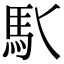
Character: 𩡬